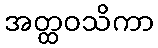
အတ္ထဝသိကာ